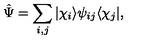
\hat { \Psi } = \sum _ { i , j } | \chi _ { i } \rangle \psi _ { i j } \langle \chi _ { j } | ,